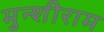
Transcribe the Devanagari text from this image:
मुन्शीराम